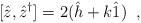
LaTeX: \begin{align*}[\hat{z},\hat{z}^{\dag}]=2(\hat{h}+k\hat{1})\;\; ,\end{align*}